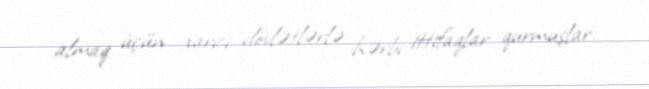
almaq üçün xarici dövlətlərlə hərbi ittifaqlar qurmuşlar.